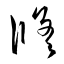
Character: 修